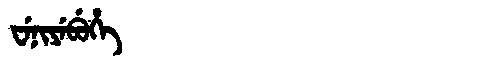
Manchu: ᠸᡝᠨᡳᠶᡝᠪᡠᡥᡝ
Romanization: WENIYEBUHE